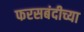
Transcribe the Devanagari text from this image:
फरसबंदीच्या